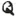
Text: Q